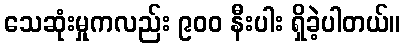
သေဆုံးမှုကလည်း ၉၀၀ နီးပါး ရှိခဲ့ပါတယ်။